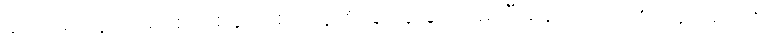
ဆရာမတွေပါ အပ်စ်တစ်ခုကို စပရိန်၏ ခြိမ်းခြောက်ခံရပြီးနောက် သင့်စာအုပ်များကို